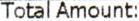
TOTAL AMOUNT: